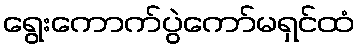
ရွေးကောက်ပွဲကော်မရှင်ထံ